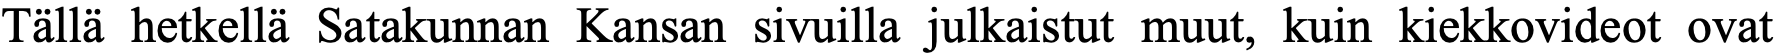
Tällä hetkellä Satakunnan Kansan sivuilla julkaistut muut, kuin kiekkovideot ovat